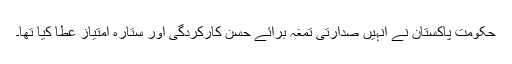
حکومت پاکستان نے انہیں صدارتی تمغہ برائے حسن کارکردگی اور ستارۂ امتیاز عطا کیا تھا۔